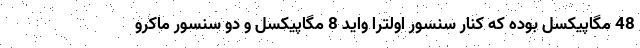
48 مگاپیکسل بوده که کنار سنسور اولترا واید 8 مگاپیکسل و دو سنسور ماکرو